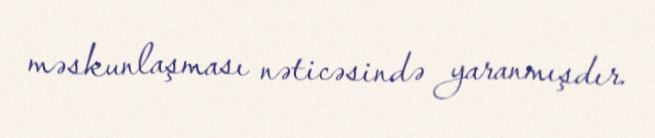
məskunlaşması nəticəsində yaranmışdır.